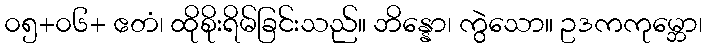
၀၅+၀၆+ ဧတံ၊ ထိုစိုးရိမ်ခြင်းသည်။ ဘိန္နော၊ ကွဲသော။ ဥဒကကုမ္ဘော၊